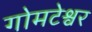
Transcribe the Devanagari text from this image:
गोमटेश्वर